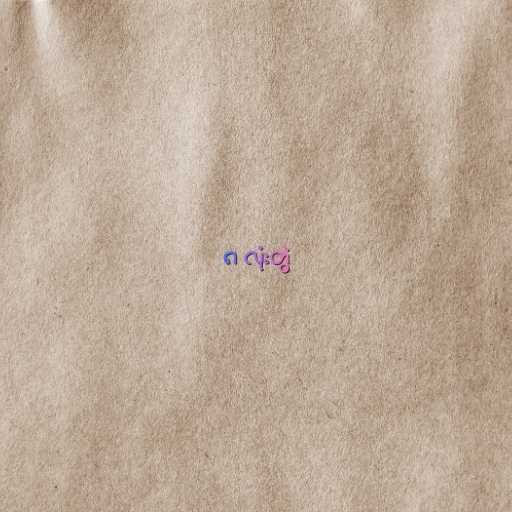
၈ လုံးတွဲ